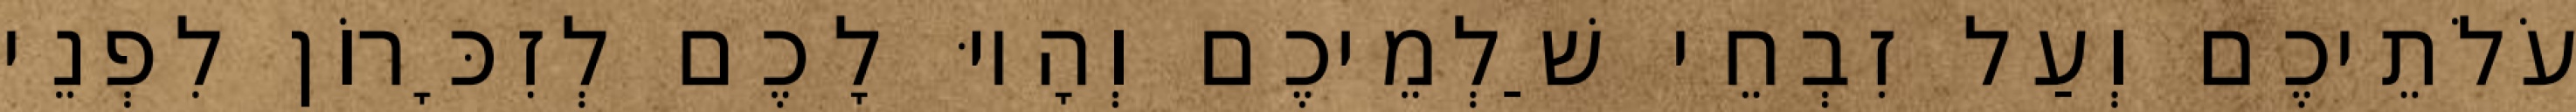
עֹלֹתֵיכֶם וְעַל זִבְחֵי שַׁלְמֵיכֶם וְהָיוּ לָכֶם לְזִכָּרוֹן לִפְנֵי